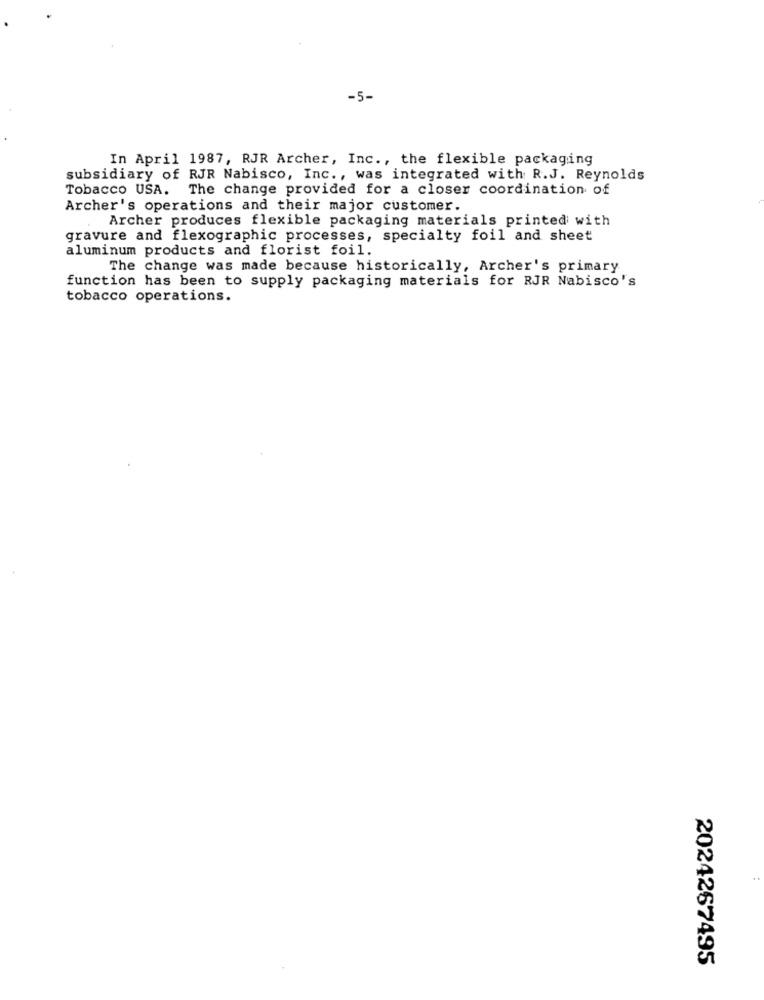
-5-
In April 1987, RJR Archer, Inc ., the flexible packaging
subsidiary of RJR Nabisco, Inc ., was integrated with R.J. Reynolds
Tobacco USA. The change provided for a closer coordination of
Archer's operations and their major customer.
Archer produces flexible packaging materials printed with
gravure and flexographic processes, specialty foil and sheet
aluminum products and florist foil.
The change was made because historically, Archer's primary
function has been to supply packaging materials for RJR Nabisco's
tobacco operations.
..
2024267495